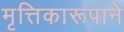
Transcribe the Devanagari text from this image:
मृत्तिकारूपाने